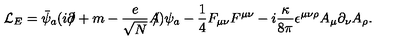
{ \cal L } _ { E } = \bar { \psi } _ { a } ( i \partial \! \! \! / + m - \frac { e } { \sqrt { N } } A \! \! \! / ) \psi _ { a } - \frac { 1 } { 4 } F _ { \mu \nu } F ^ { \mu \nu } - i \frac { \kappa } { 8 \pi } \epsilon ^ { \mu \nu \rho } A _ { \mu } \partial _ { \nu } A _ { \rho } .